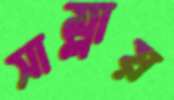
সাম্‌লায়